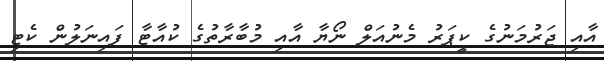
އާއި ޖަރުމަނުގެ ކީޕަރު މެނުއަލް ނޯޔާ އާއި މުބާރާތުގެ ކުއާޓާ ފައިނަލުން ކެޓި